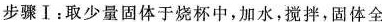
步骤Ⅰ：取少量固体于烧杯中，加水，搅拌，固体全